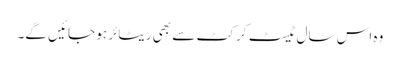
وہ اس سال ٹیسٹ کرکٹ سے بھی ریٹائر ہو جائیں گے۔